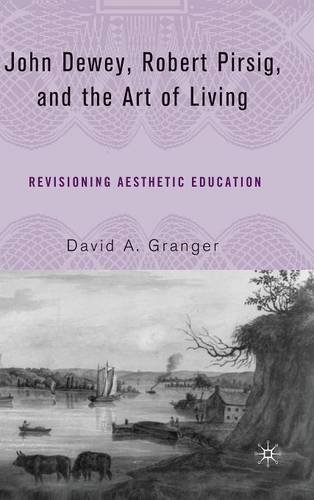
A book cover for John Dewey, Robert Pirsig, and the Art of Living: Revisioning Aesthetic Education; David A. Granger; Politics & Social Sciences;